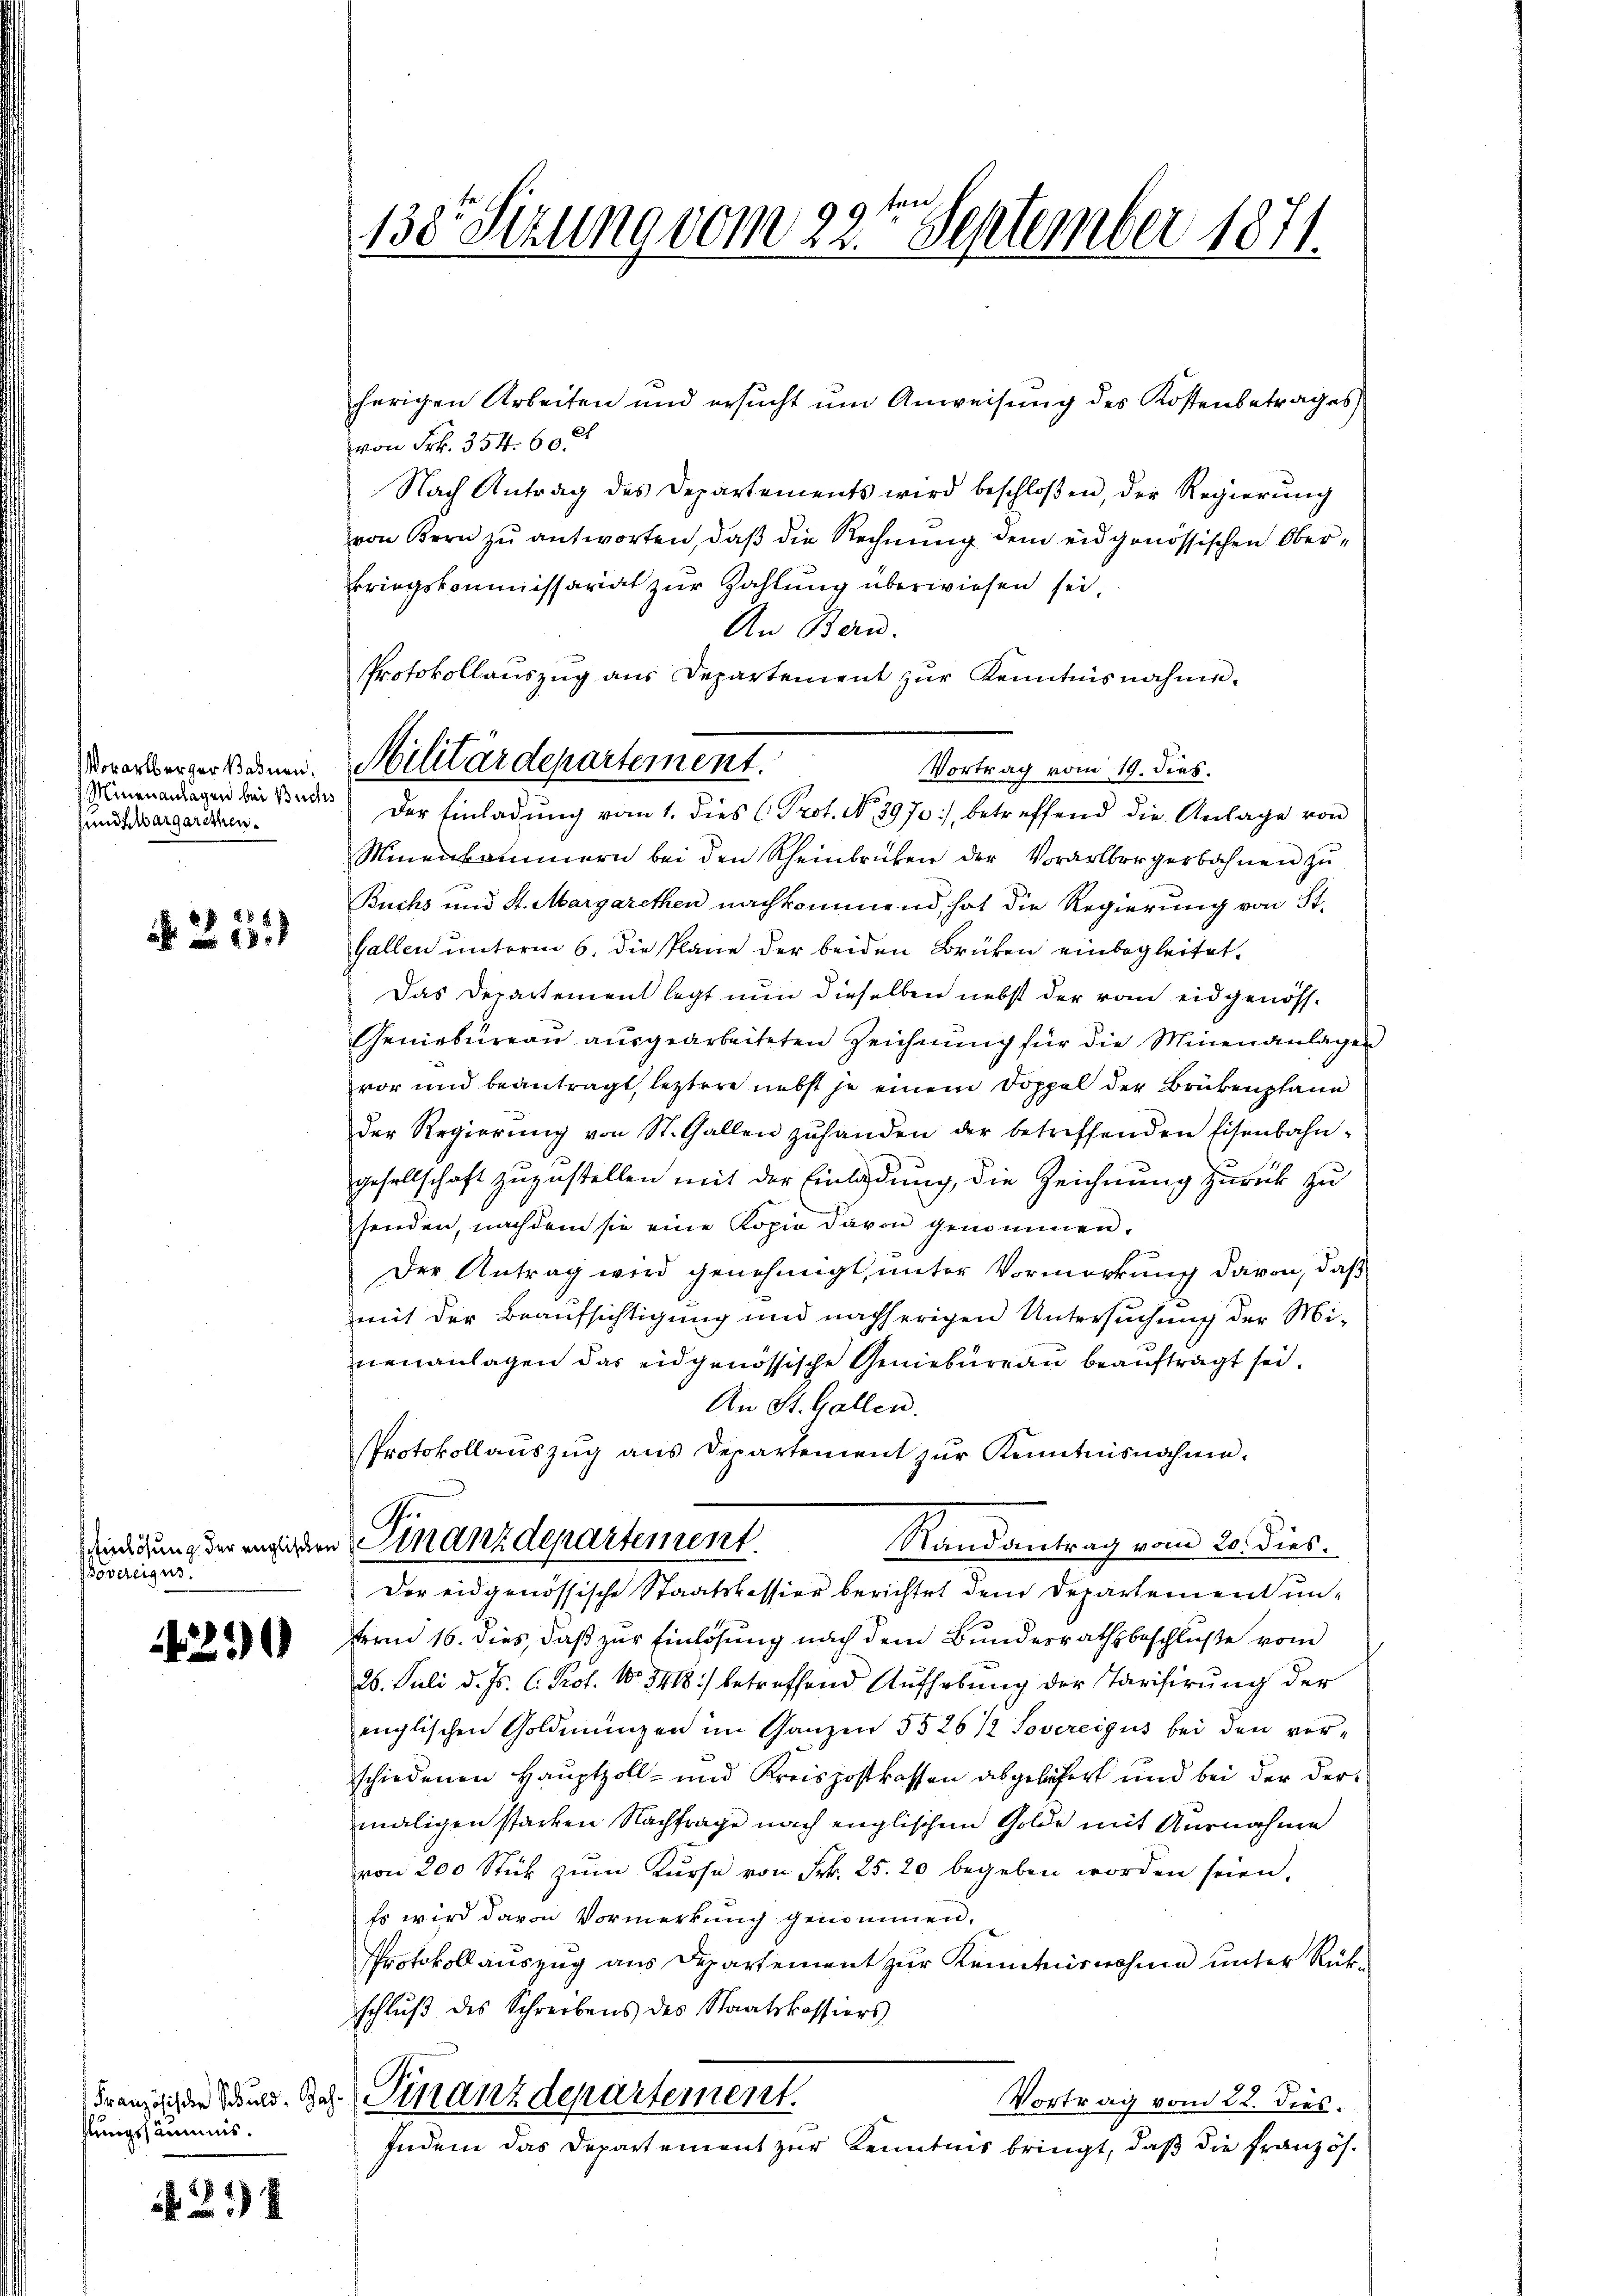
Vorarlberger Bahnen,
Minenanlagen bei Buch
und Aargarethen.

N. 25.

Bovereigus

4290

hlungssäumus.

214

9 ten
138. Sizung vom 22. September 1871.

herigen Arbeiten und ersucht um Anweisung des Kostenbetrages
von Frk. 354. 60.
Nach Antrag des Departements wird beschloßen, der Regierung
von Bern zu antworten, daß die Rechnung dem eidgenössischen Oberkriegskommissariat zur Zahlung überwiesen sei
An Bern.
Protokollauszug aus Departement zur Kenntnisnahme.
Vortrag vom 19. dies.
Minenkammern bei den Scheinbrücken der Vorarlbergerbahnen zu
Buchs und St. Margarethen nachkommend, hat die Regierung von St.
Gallen unterm 6. die Pläne der beiden Brüken einbegleitet,
Das Departement legt nun dieselben nebst der von eidgenöss-
Geniebureau ausgearbeiteten Zeichnung für die Minenanlagen
vor und beantragt, letztere nebst je einem Doppel der Brükenplane
der Regierŭng von St. Gallen zŭ handen der betreffenden Eisenbahn-
gesellschaft zuzustellen mit der Einladung, die Zeichnung zurück zu
fenden, nachdem sie eine Kopie davon genommen,
Der Antrag wird genehmigt, unter Vormerkung davon, daß
mit der Beaufsichtigung und nachherigen Untersuchung der Mineuanlagen das eidgenössische Geniebureau beauftragt sei.
An St. Gallen.
Protokollauszug aus Departement zur Kenntnisnahme.
C
Riedigung der engliedern Finanzdepartement.
Randantrag vom 20. dies.
Der eidgenössische Staatsbession berichtet dem Departement unfterm 16. dies, daß zur Einlösung nach dem Bundesrathsbeschluße vom
26. Juli d. Js. C. Prof. No 1418) betreffend Aufhebung der Tarifirung der
englischen Goldmungen im Ganzen 5526 1/2 Sovereigus bei den verschiedenen Hauptzoll- und Kreispostkassen abgeläfert und bei der dermaligen starken Nachfrage nach englischem Golde mit Ausnahme
von 200 Stück zum Kurse von Frk. 25. 20 begeben worden seien.
Es wird davon Vormerkung genommen.
Protokollauszug aus Departement zur Kenntnisnahmen unter Rükschlŭβ des Schreibens des Staatskassions
Franzischen Rud. Joh. Finanzdepartement.
Vortrag vom 22. dies.
Indem das Departement zur Kenntnis bringt, daß die Französ.

Militärdepartement.
 Der Einladung vom 1. dies Prot. No. 3970), betreffend die Anlage von